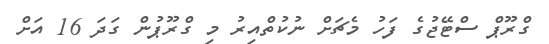
ގްރޫޕް ސްޓޭޖުގެ ފަހު މެޗަށް ނުކުތްއިރު މި ގްރޫޕުން ގަދަ 16 އަށް